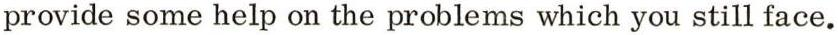
provide some help on the problems which you still face.